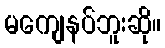
မကျေနပ်ဘူးဆို။